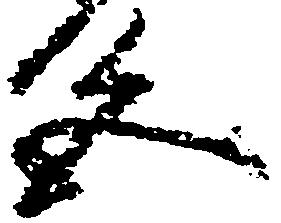
色